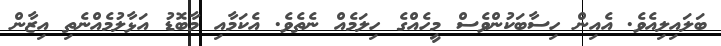
ބަލައިލިއެވެ. އެއިން ހިސާބަކުންވެސް މީހެއްގެ ހިލަމެއް ނެތެވެ. އެކަމާއި މާބޮޑު އަޅާލުމެއްނެތި އިޒާން